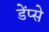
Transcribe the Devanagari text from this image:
डेंप्से